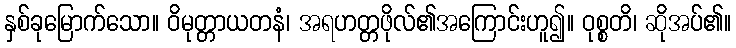
နှစ်ခုမြောက်သော။ ဝိမုတ္တာယတနံ၊ အရဟတ္တဖိုလ်၏အကြောင်းဟူ၍။ ဝုစ္စတိ၊ ဆိုအပ်၏။